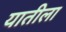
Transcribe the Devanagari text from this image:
यातीला